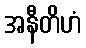
အနီတိဟံ